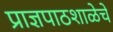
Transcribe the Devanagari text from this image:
प्राज्ञपाठशाळेचे